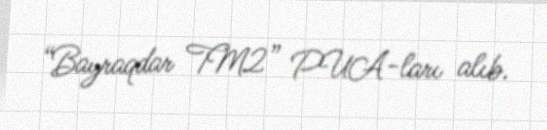
“Bayraqdar TM2” PUA-ları alıb.